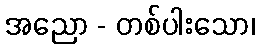
အညော - တစ်ပါးသော၊